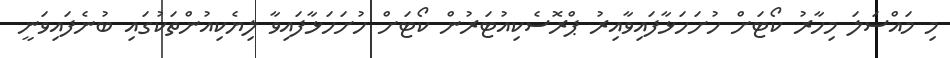
މި މައްސަލަ މިހާރު ކޯޓަށް ހުށަހަޅާފައިވާއިރު ޕްރޮސެކިއުޓަރުން ކޯޓަށް ހުށަހަޅާފައިވާ ލިޔެކިއުންތަކުގައި ބުނެފައިވަނީ